Indian Medical Review
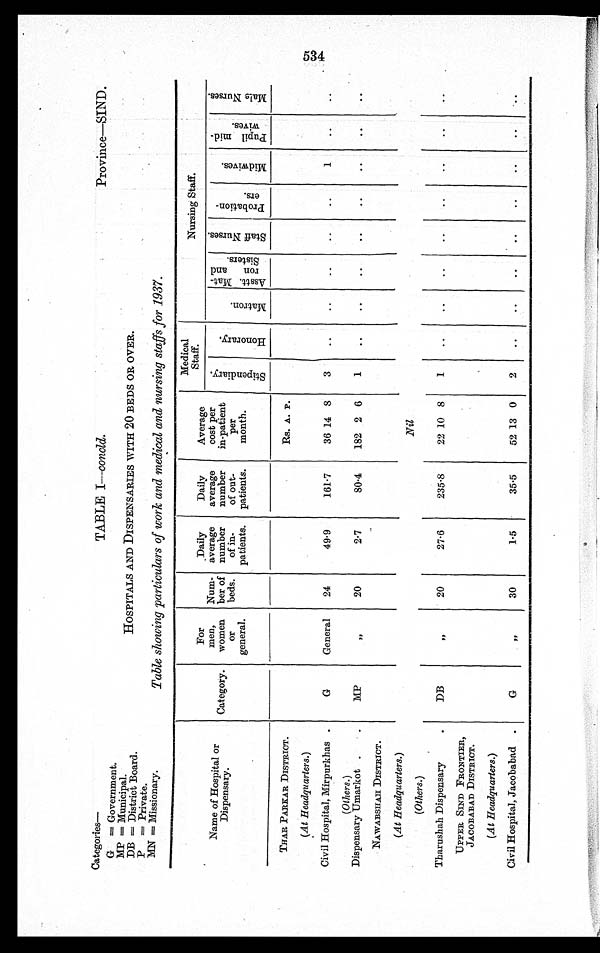
Categories—
TABLE I—concld.
Province—SIND.
G= Government.
MP =Municipal.
HOSPITALS AND DISPENSARIES WITH 20 BEDS OR OVER.
DB= District Board.
P= Private.
MN= Missionary. Table showing particulars of work and medical and nursing staffs for 1937.
Name of Hospital or
Dispensary.
Category.
For
men,
women
Or
general.
Num-
ber of
beds.
Daily
average
number
of in-
patients.
Daily
average averag
number
of out-
patients.
Average
cost per
in-patient
per
month.
Medical
Staff
.
Nursing Staff.
S t i p e n d i a r y .
H o n o r a r y .
M a t r o n
Asstt. Mat-
ron and
Sisters.
S t a f f N u r s e s .
P r o b a l t i o n - e r s .
M i d w i v e s .
P u p i l m i d - w i v w e s .
M a l e N u r s e s .
THAR PARKAR DISTRICT.
Rs. A. P.
(At Headquarters.)
Civil Hospital, Mirpurkhas .
G
General
24
49.9
161.7
36 14 8
3
..
..
. . ..
..
1
..
. .
(Others.)
Dispensary Umarkot .
.
MP
„
20
2.7
80.4
182 2 6
1
..
..
..
..
..
..
..
. .
NAWABSHAH DISTRICT.
Nil
(At Headquarters.)
(Others.)
Tharushah Dispensary
.
DB
„
20
27.6
235.8
22 10 8
1
..
..
. . ..
..
..
. .
. .
UPPER SIND FRONTIER,
JACOBABAD DISTRICT.
(At Headquarters.)
Civil Hospital, Jacobabad .
G
„
30
1.5
35.5
52 13 0
2
..
..
..
..
..
..
..
..